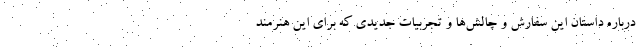
درباره داستان این سفارش و چالش‌ها و تجربیات جدیدی که برای این هنرمند